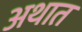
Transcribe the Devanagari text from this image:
अथात